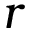
r